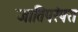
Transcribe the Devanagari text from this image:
जातिपरंपरा